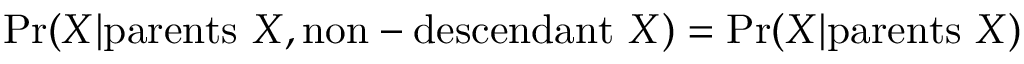
\mathrm { P r } ( X | \mathrm { p a r e n t s ~ } X , \mathrm { n o n } - \mathrm { d e s c e n d a n t ~ } X ) = \mathrm { P r } ( X | \mathrm { p a r e n t s ~ } X )